Indian journal of veterinary science and animal husbandry - Volume 13,
Year: 1943
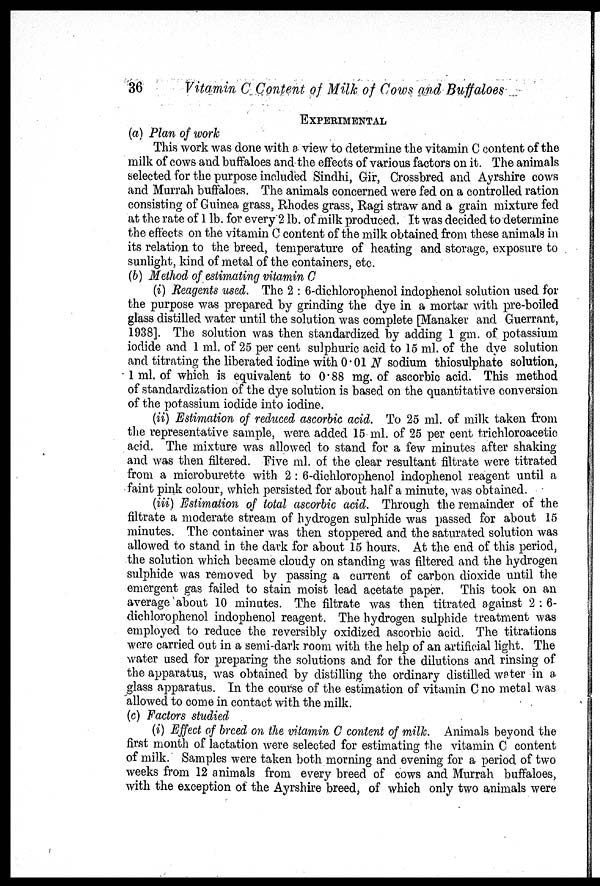
36
Vitamin C Content of Milk of Cows and Buffaloes
EXPERIMENTAL
(a) Plan of work
This work was done with a view to determine the vitamin C content of the
milk of cows and buffaloes and the effects of various factors on it. The animals
selected for the purpose included Sindhi, Gir, Crossbred and Ayrshire cows
and Murrah buffaloes. The animals concerned were fed on a controlled ration
consisting of Guinea grass, Rhodes grass, Ragi straw and a grain mixture fed
at the rate of 1 lb. for every 2 lb. of milk produced. It was decided to determine
the effects on the vitamin C content of the milk obtained from these animals in
its relation to the breed, temperature of heating and storage, exposure to
sunlight, kind of metal of the containers, etc.
(b) Method of estimating vitamin C
(i) Reagents used. The 2 : 6-dichlorophenol indophenol solution used for
the purpose was prepared by grinding the dye in a mortar with pre-boiled
glass distilled water until the solution was complete [Manaker and Guerrant,
1938]. The solution was then standardized by adding 1 gm. of potassium
iodide and 1 ml. of 25 per cent sulphuric acid to 15 ml. of the dye solution
and titrating the liberated iodine with 0 . 01 N sodium thiosulphate solution,
1 ml. of which is equivalent to 0.88 mg. of ascorbic acid. This method
of standardization of the dye solution is based on the quantitative conversion
of the potassium iodide into iodine.
(ii) Estimation of reduced ascorbic acid. To 25 ml. of milk taken from
the representative sample, were added 15 ml. of 25 per cent trichloroacetic
acid. The mixture was allowed to stand for a few minutes after shaking
and was then filtered. Five ml. of the clear resultant filtrate were titrated
from a microburette with 2 : 6-dichlorophenol indophenol reagent until a
faint pink colour, which persisted for about half a minute, was obtained.
(iii) Estimation of total ascorbic acid. Through the remainder of the
filtrate a moderate stream of hydrogen sulphide was passed for about 15
minutes. The container was then stoppered and the saturated solution was
allowed to stand in the dark for about 15 hours. At the end of this period,
the solution which became cloudy on standing was filtered and the hydrogen
sulphide was removed by passing a current of carbon dioxide until the
emergent gas failed to stain moist lead acetate paper. This took on an
average about 10 minutes. The filtrate was then titrated against 2 : 6-
dichlorophenol indophenol reagent. The hydrogen sulphide treatment was
employed to reduce the reversibly oxidized ascorbic acid. The titrations
were carried out in a semi-dark room with the help of an artificial light. The
water used for preparing the solutions and for the dilutions and rinsing of
the apparatus, was obtained by distilling the ordinary distilled water in a
glass apparatus. In the course of the estimation of vitamin C no metal was
allowed to come in contact with the milk.
(c) Factors studied
(i) Effect of breed on the vitamin C content of milk. Animals beyond the
first month of lactation were selected for estimating the vitamin C content
of milk. Samples were taken both morning and evening for a period of two
weeks from 12 animals from every breed of cows and Murrah buffaloes,
with the exception of the Ayrshire breed, of which only two animals were